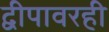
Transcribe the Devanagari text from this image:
द्वीपावरही